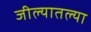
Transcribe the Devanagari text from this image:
जील्यातल्या